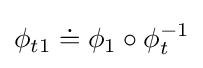
\phi _{t1}\doteq \phi _{1}\circ \phi _{t}^{-1}